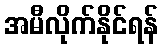
အမီလိုက်နိုင်ရန်